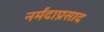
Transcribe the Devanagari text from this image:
नर्मदाप्रसाद